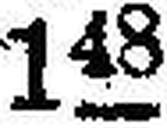
1L